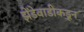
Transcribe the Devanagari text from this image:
झेंडेवाडीकडून